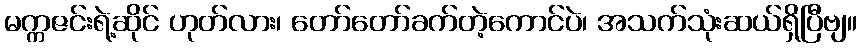
မက္ကဇင်းရဲ့ဆိုင် ဟုတ်လား၊ တော်တော်ခက်တဲ့ကောင်ပဲ၊ အသက်သုံးဆယ်ရှိပြီဗျ။